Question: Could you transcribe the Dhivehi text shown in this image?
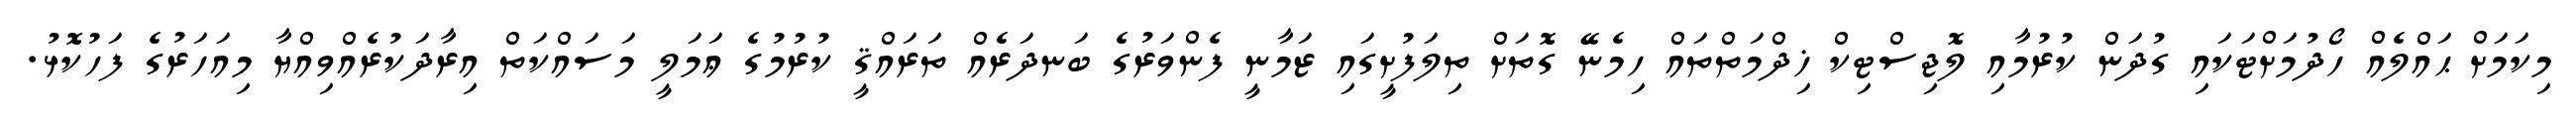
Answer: މިކަމަށް ޙައްލެއް ހޯދުމަށްޓަކައި ގުދަން ކުރުމާއި ލޮޖިސްޓިކް ޚިދްމަތްތައް ހިމެނޭ ގޮތަށް ތިލަފުށީގައި ޒަމާނީ ފެންވަރުގެ ބަނދަރެއް ތަރައްޤީ ކުރުމުގެ ޢަމަލީ މަސައްކަތް އިރާދަކުރެއްވިއްޔާ މިއަހަރުގެ ފަހުކޮޅު.